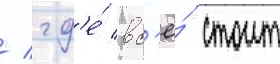
/ гд'е́ вс'ё́ стоит